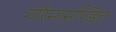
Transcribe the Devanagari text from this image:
गरिमामण्डित